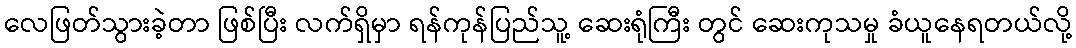
လေဖြတ်သွားခဲ့တာ ဖြစ်ပြီး လက်ရှိမှာ ရန်ကုန်ပြည်သူ့ ဆေးရုံကြီး တွင် ဆေးကုသမှု ခံယူနေရတယ်လို့